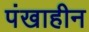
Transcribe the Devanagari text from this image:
पंखाहीन